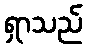
ရှာသည်